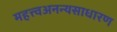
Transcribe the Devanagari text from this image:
महत्त्वअनन्यसाधारण